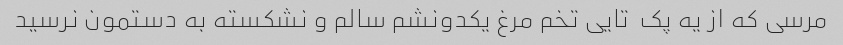
مرسی که از یه پک  تایی تخم مرغ یکدونشم سالم و نشکسته به دستمون نرسید